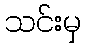
သင်းမှ